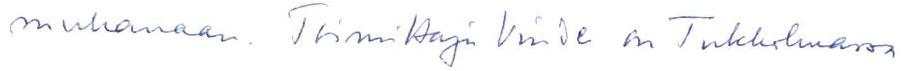
mukanaan. Toimittaja Vinde on Tukholmassa